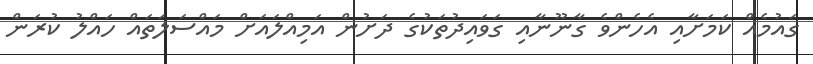
ގައުމެއް ކަމަށާއި އެހެންވެ ގާނޫނާއި ގަވައިދުތަކުގެ ދަށުން އަމިއްލައަށް މައްސަލަތައް ހައްލު ކުރަން